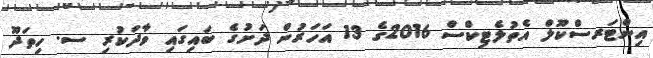
އިންޓަރސްކޫލް އެތުލެޓިކްސް 2016ގެ 13 އަހަރުން ދަށުގެ ބައިގައި ވާދަކުރި ސ. ހިތަދޫ